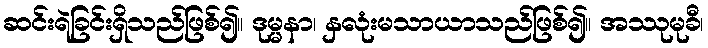
ဆင်းရဲခြင်းရှိသည်ဖြစ်၍။ ဒုမ္မနာ၊ နှလုံးမသာယာသည်ဖြစ်၍။ အဿုမုခီ၊